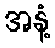
အနံ့